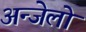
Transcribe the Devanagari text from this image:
अन्जेलो